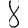
Digit: 8